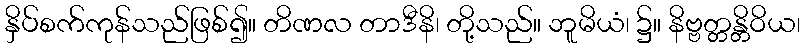
နှိပ်စက်ကုန်သည်ဖြစ်၍။ တိဏလ တာဒီနိ၊ တို့သည်။ ဘူမိယံ၊ ၌။ နိဗ္ဗတ္တန္တိဝိယ၊